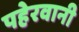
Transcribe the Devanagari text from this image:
पहेरवानी